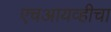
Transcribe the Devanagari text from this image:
एचआयव्हीचा